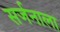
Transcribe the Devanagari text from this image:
सर्जनाला